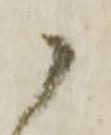
候